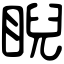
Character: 睨